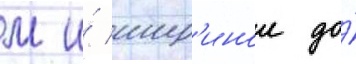
м и́ шир'инои до́